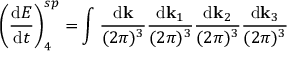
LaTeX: \left( \frac { \mathrm { d } { \cal E } } { \mathrm { d } t } \right) _ { 4 } ^ { s p } = \int \frac { \mathrm { d } { \bf k } } { ( 2 \pi ) ^ { 3 } } \frac { \mathrm { d } { \bf k } _ { 1 } } { ( 2 \pi ) ^ { 3 } } \frac { \mathrm { d } { \bf k } _ { 2 } } { ( 2 \pi ) ^ { 3 } } \frac { \mathrm { d } { \bf k } _ { 3 } } { ( 2 \pi ) ^ { 3 } }